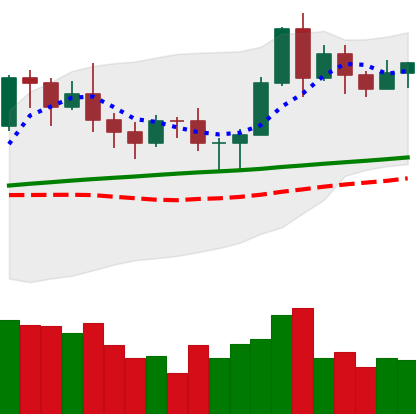
Ticker: LTC-USD
Chart end date: 2020-11-12
Forward return: 25.655%
Label: up_7plus